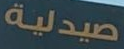
صيدلية